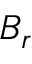
B _ { r }